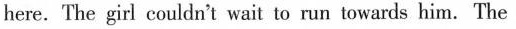
here. The girl couldn't wait to run towards him. The